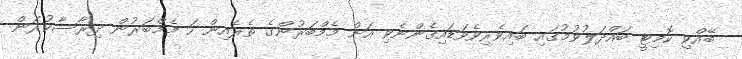
ބޭއްވި ކޮމިޓީ ބައްދަލުވުމުގައި ބައިވެރިވެވަޑައިގެންނެވި އަށް މެމްބަރުންގެ ތެރެއިން ހަ މެމްބަރުން ދިރާސާކުރަން